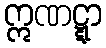
ဣဏဋ္ဋာ